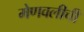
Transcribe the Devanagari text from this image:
मेणवलीची